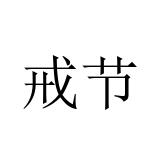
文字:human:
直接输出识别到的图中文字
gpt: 戒节